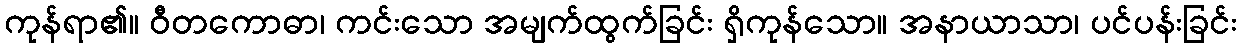
ကုန်ရာ၏။ ဝီတကောဓာ၊ ကင်းသော အမျက်ထွက်ခြင်း ရှိကုန်သော။ အနာယာသာ၊ ပင်ပန်းခြင်း